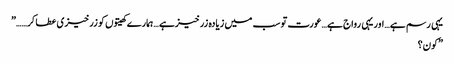
یہی رسم ہے…اور یہی رواج ہے…عورت تو سب میں زیادہ زرخیزہے …ہمارے کھیتوں کو زرخیزی عطا کر……”
”کون؟